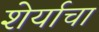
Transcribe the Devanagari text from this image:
शेर्याचा